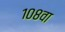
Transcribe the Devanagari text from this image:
१०८वा